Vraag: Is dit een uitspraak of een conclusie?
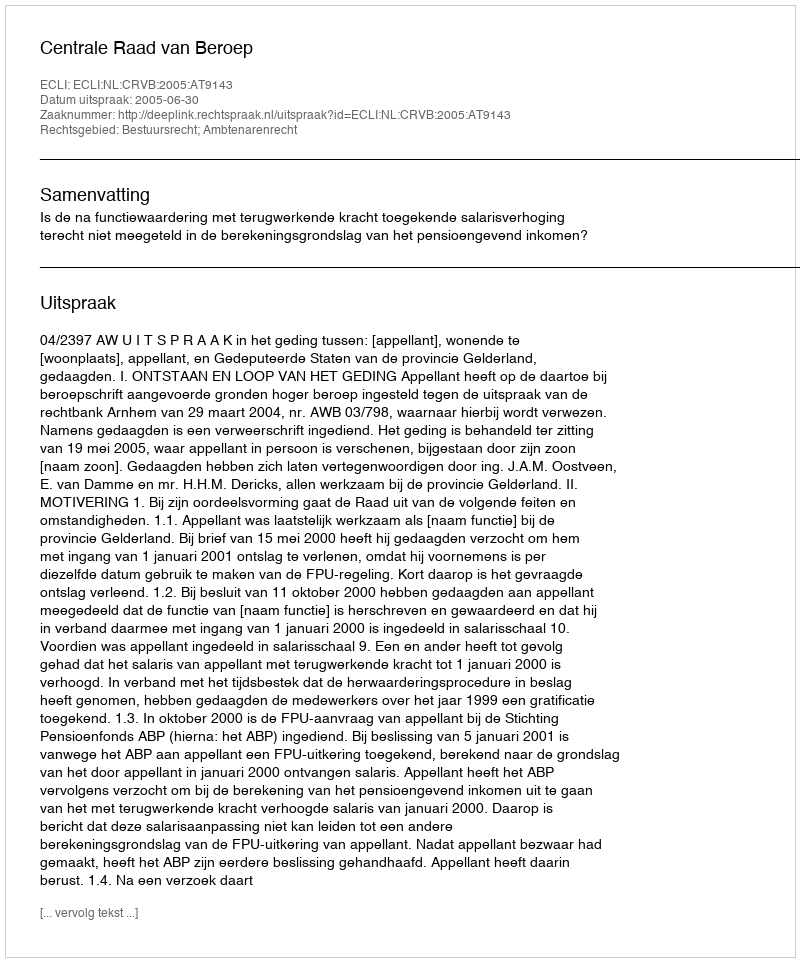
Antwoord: Uitspraak